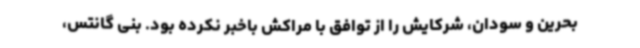
بحرین و سودان، شرکایش را از توافق با مراکش باخبر نکرده بود. بنی گانتس،